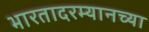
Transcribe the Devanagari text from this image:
भारतादरम्यानच्या